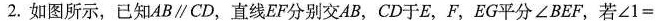
2.如图所示，已知AB\parallel CD，直线EF分别交AB，CD于E，F，EG平分∠BEF，若$$∠ 1 =